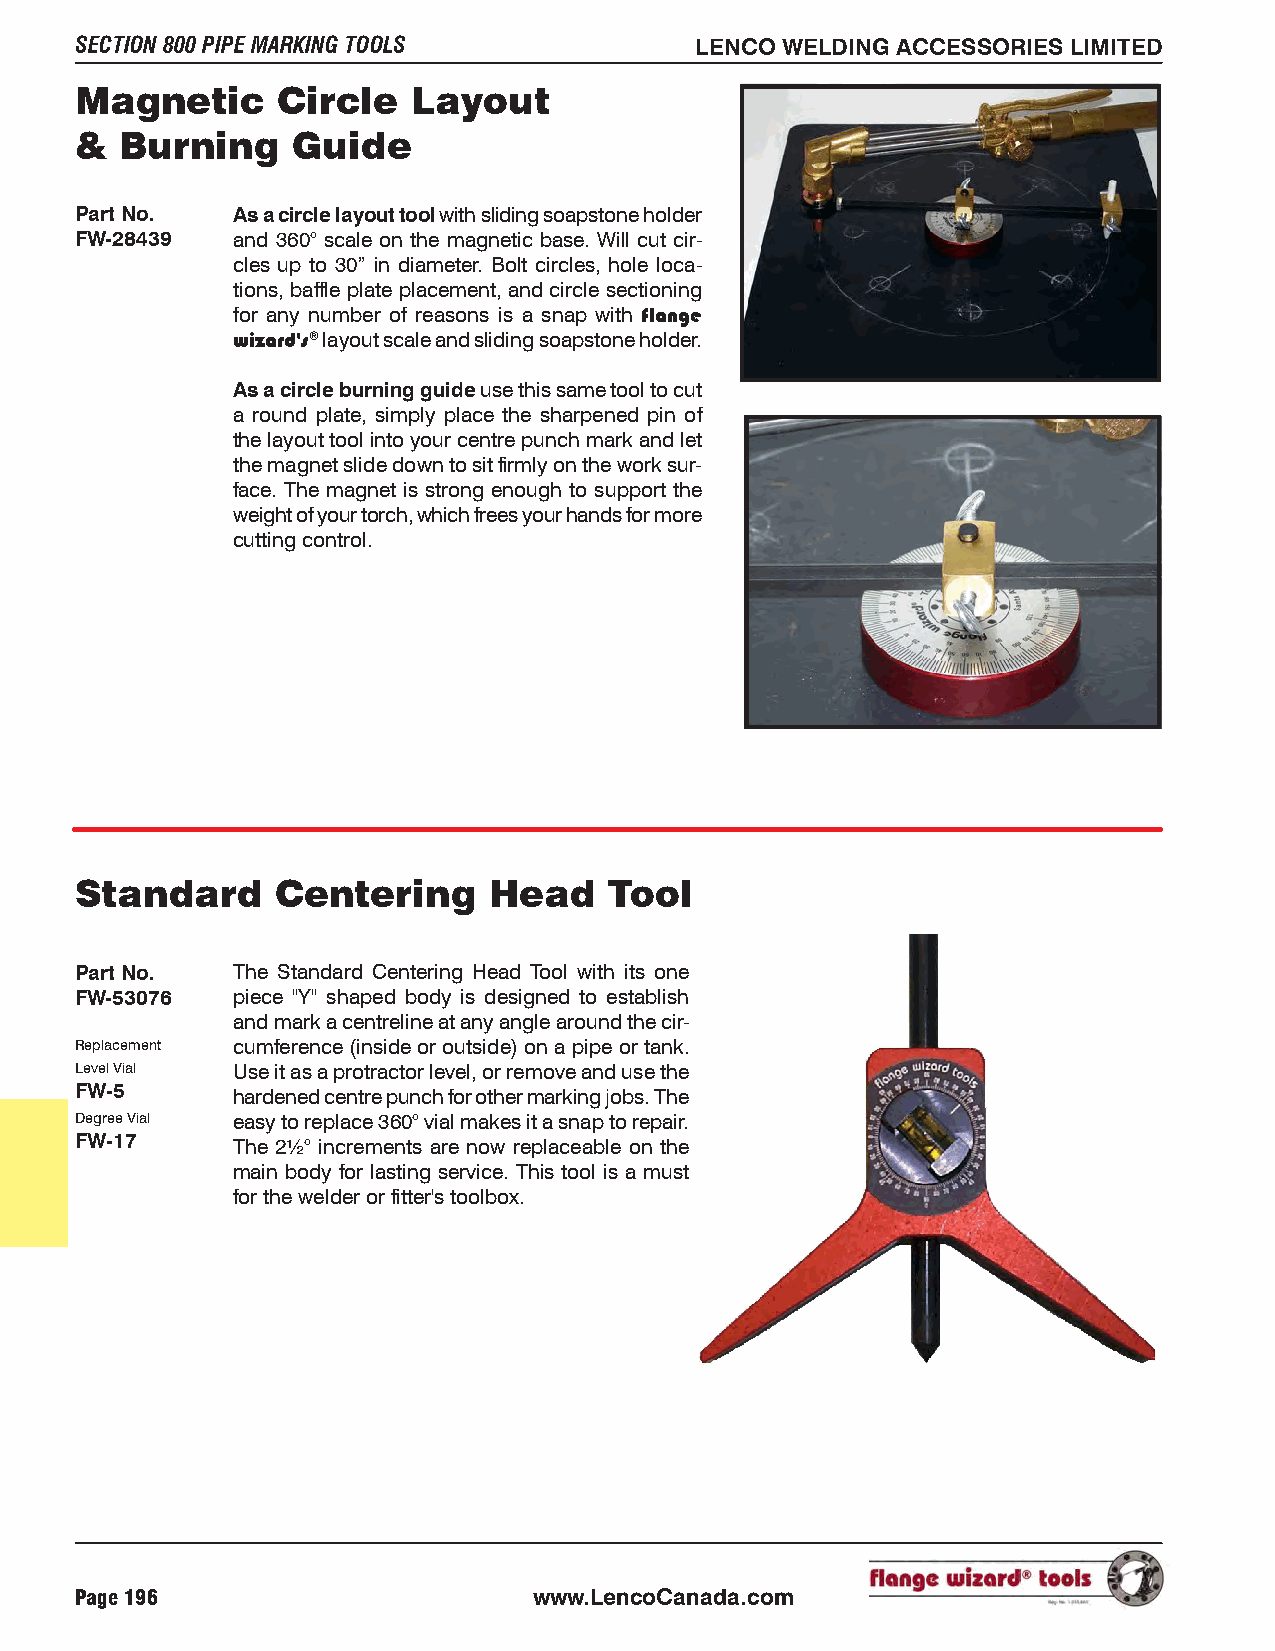
SECTION 800 PIPE MARKING TOOLS           LENCO WELDING ACCESSORIES LIMITED
 Magnetic     Circle   Layout
 &  Burning    Guide
 Part No.  As a circle layout tool with sliding soapstone holder
 FW-28439  and 360° scale on the magnetic base. Will cut cir-
 cles up to 30” in diameter. Bolt circles, hole loca-
 tions, baffle plate placement, and circle sectioning
 for any number of reasons is a snap with flange
 wizard's® layout scale and sliding soapstone holder.
 As a circle burning guide use this same tool to cut
 a round plate, simply place the sharpened pin of
 the layout tool into your centre punch mark and let
 the magnet slide down to sit firmly on the work sur-
 face. The magnet is strong enough to support the
 weight of your torch, which frees your hands for more
 cutting control.
 Standard     Centering     Head    Tool
 Part No.  The Standard Centering Head Tool with its one
 FW-53076  piece "Y" shaped body is designed to establish
 and mark a centreline at any angle around the cir-
 Replacement cumference (inside or outside) on a pipe or tank.
 Level Vial Use it as a protractor level, or remove and use the
 FW-5
 hardened centre punch for other marking jobs. The
 Degree Vial easy to replace 360° vial makes it a snap to repair.
 FW-17
 The 2½° increments are now replaceable on the
 main body for lasting service. This tool is a must
 for the welder or fitter's toolbox.
 Page 196                      www.LencoCanada.com